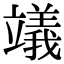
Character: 𥫃